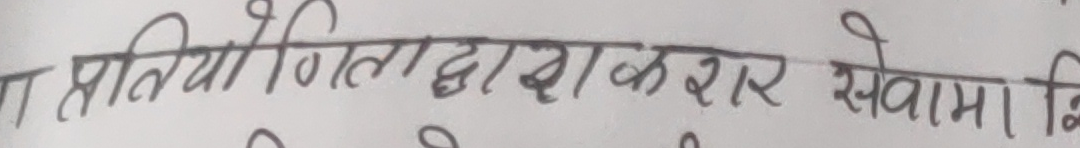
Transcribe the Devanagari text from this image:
प्रतियोगिताद्वारा सरकार सेवामा सि